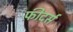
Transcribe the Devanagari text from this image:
फ़ीदर्स